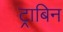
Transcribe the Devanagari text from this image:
ट्राबिन